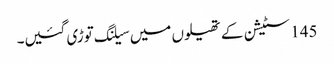
145 سٹیشن کے تھیلوں میں سیلنگ توڑی گئیں۔